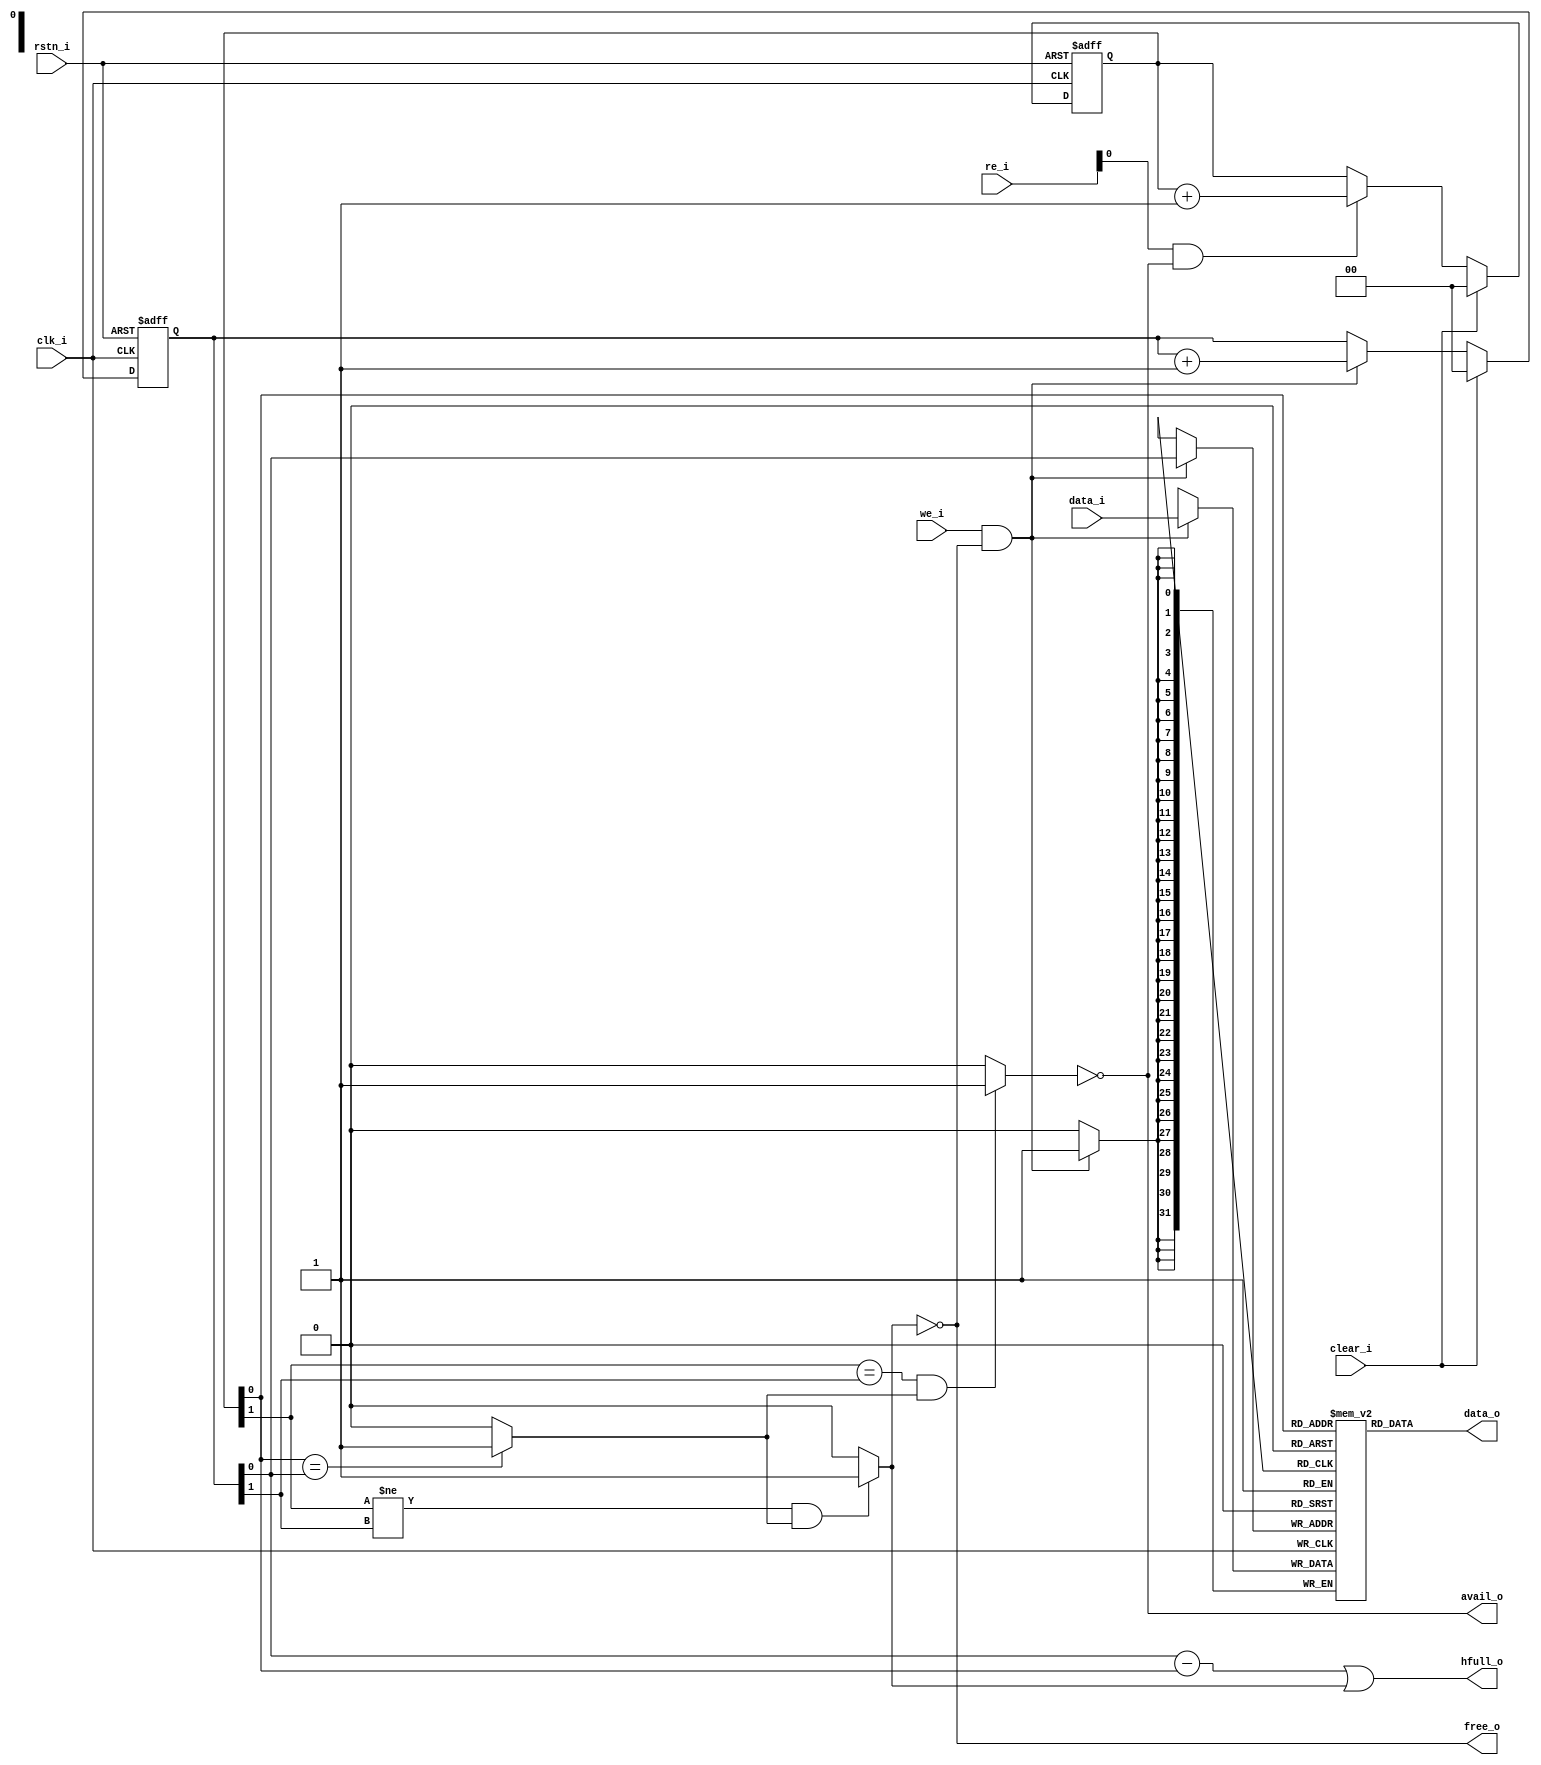
module airi5c_prebuf_fifo
#(
  parameter FIFO_DEPTH = 2, // has to be a power of two
  parameter FIFO_WIDTH = 32
)
(
  // global control
  input                   clk_i,
  input                   rstn_i,  // async reset
  input                   clear_i, // sync reset
  output                  hfull_o, // at least half full
  // write port
  input                   we_i,
  input  [FIFO_WIDTH-1:0] data_i,
  output                  free_o,
  // read port
  input  [2:0]            re_i,
  output [FIFO_WIDTH-1:0] data_o,
  output                  avail_o
);

// status flags
wire match;
wire full;
wire empty;
wire free;
wire avail;
wire half;

// internal access
wire we;
wire re;


// --------------------------------------------------------------------------------------------
// FIFO read/write pointers
// --------------------------------------------------------------------------------------------

reg [$clog2(FIFO_DEPTH):0] wr_pnt;
reg [$clog2(FIFO_DEPTH):0] rd_pnt;

always @(posedge clk_i or negedge rstn_i) begin
  if (!rstn_i) begin
    wr_pnt <= 0;
    rd_pnt <= 0;
  end else begin
    // write pointer
    if (clear_i) begin
      wr_pnt <= 0;
    end else if (we) begin
      wr_pnt <= wr_pnt + 1;
    end
    // read pointer
    if (clear_i) begin
      rd_pnt <= 0;
    end else if (re) begin
      rd_pnt <= rd_pnt + 1;
    end
  end
end

// safe access - ignore read/write commands if FIFO is empty/full
assign we = we_i & free;
assign re = re_i & avail;


// --------------------------------------------------------------------------------------------
// FIFO status
// --------------------------------------------------------------------------------------------
assign match = ((rd_pnt[$clog2(FIFO_DEPTH)-1:0] == wr_pnt[$clog2(FIFO_DEPTH)-1:0]) || (FIFO_DEPTH == 1)) ? 1'b1 : 1'b0;
assign full  = ((rd_pnt[$clog2(FIFO_DEPTH)] != wr_pnt[$clog2(FIFO_DEPTH)]) && match) ? 1'b1 : 1'b0;
assign empty = ((rd_pnt[$clog2(FIFO_DEPTH)] == wr_pnt[$clog2(FIFO_DEPTH)]) && match) ? 1'b1 : 1'b0;

assign free  = ~full;
assign avail = ~empty;

assign free_o  = free;
assign avail_o = avail;


// half full?
generate
  if (FIFO_DEPTH == 1) begin
    assign hfull_o = full;
  end else begin
    wire [$clog2(FIFO_DEPTH):0] level_diff;
    assign level_diff = wr_pnt - rd_pnt;
    assign hfull_o    = level_diff[$clog2(FIFO_DEPTH)-1] | full;
  end
endgenerate


// --------------------------------------------------------------------------------------------
// FIFO memory access
// --------------------------------------------------------------------------------------------

generate
  if (FIFO_DEPTH == 1) begin // implement a single register

    reg [FIFO_WIDTH-1:0] fifo_mem;
    always @(posedge clk_i) begin
      if (we) begin
        fifo_mem <= data_i;
      end
    end
    assign data_o = fifo_mem; // async. read!

  end else begin // implement a "real" FIFO memory (several entries deep)

    reg [FIFO_WIDTH-1:0] fifo_mem [0:FIFO_DEPTH-1];
    always @(posedge clk_i) begin
      if (we) begin
        fifo_mem[wr_pnt[$clog2(FIFO_DEPTH)-1:0]] <= data_i;
      end
    end
    assign data_o = fifo_mem[rd_pnt[$clog2(FIFO_DEPTH)-1:0]]; // async. read!

  end
endgenerate


endmodule